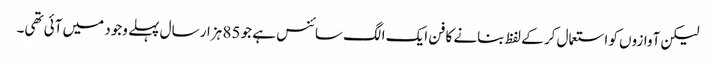
لیکن آوازوں کو استعمال کر کے لفظ بنانے کا فن ایک الگ سائنس ہے جو 85 ہزار سال پہلے وجود میں آئی تھی۔